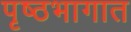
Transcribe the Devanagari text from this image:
पृष्ठभागात